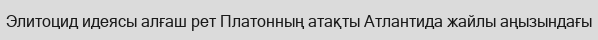
Элитоцид идеясы алғаш рет Платонның атақты Атлантида жайлы аңызындағы